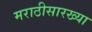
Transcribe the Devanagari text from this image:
मराठीसारख्या